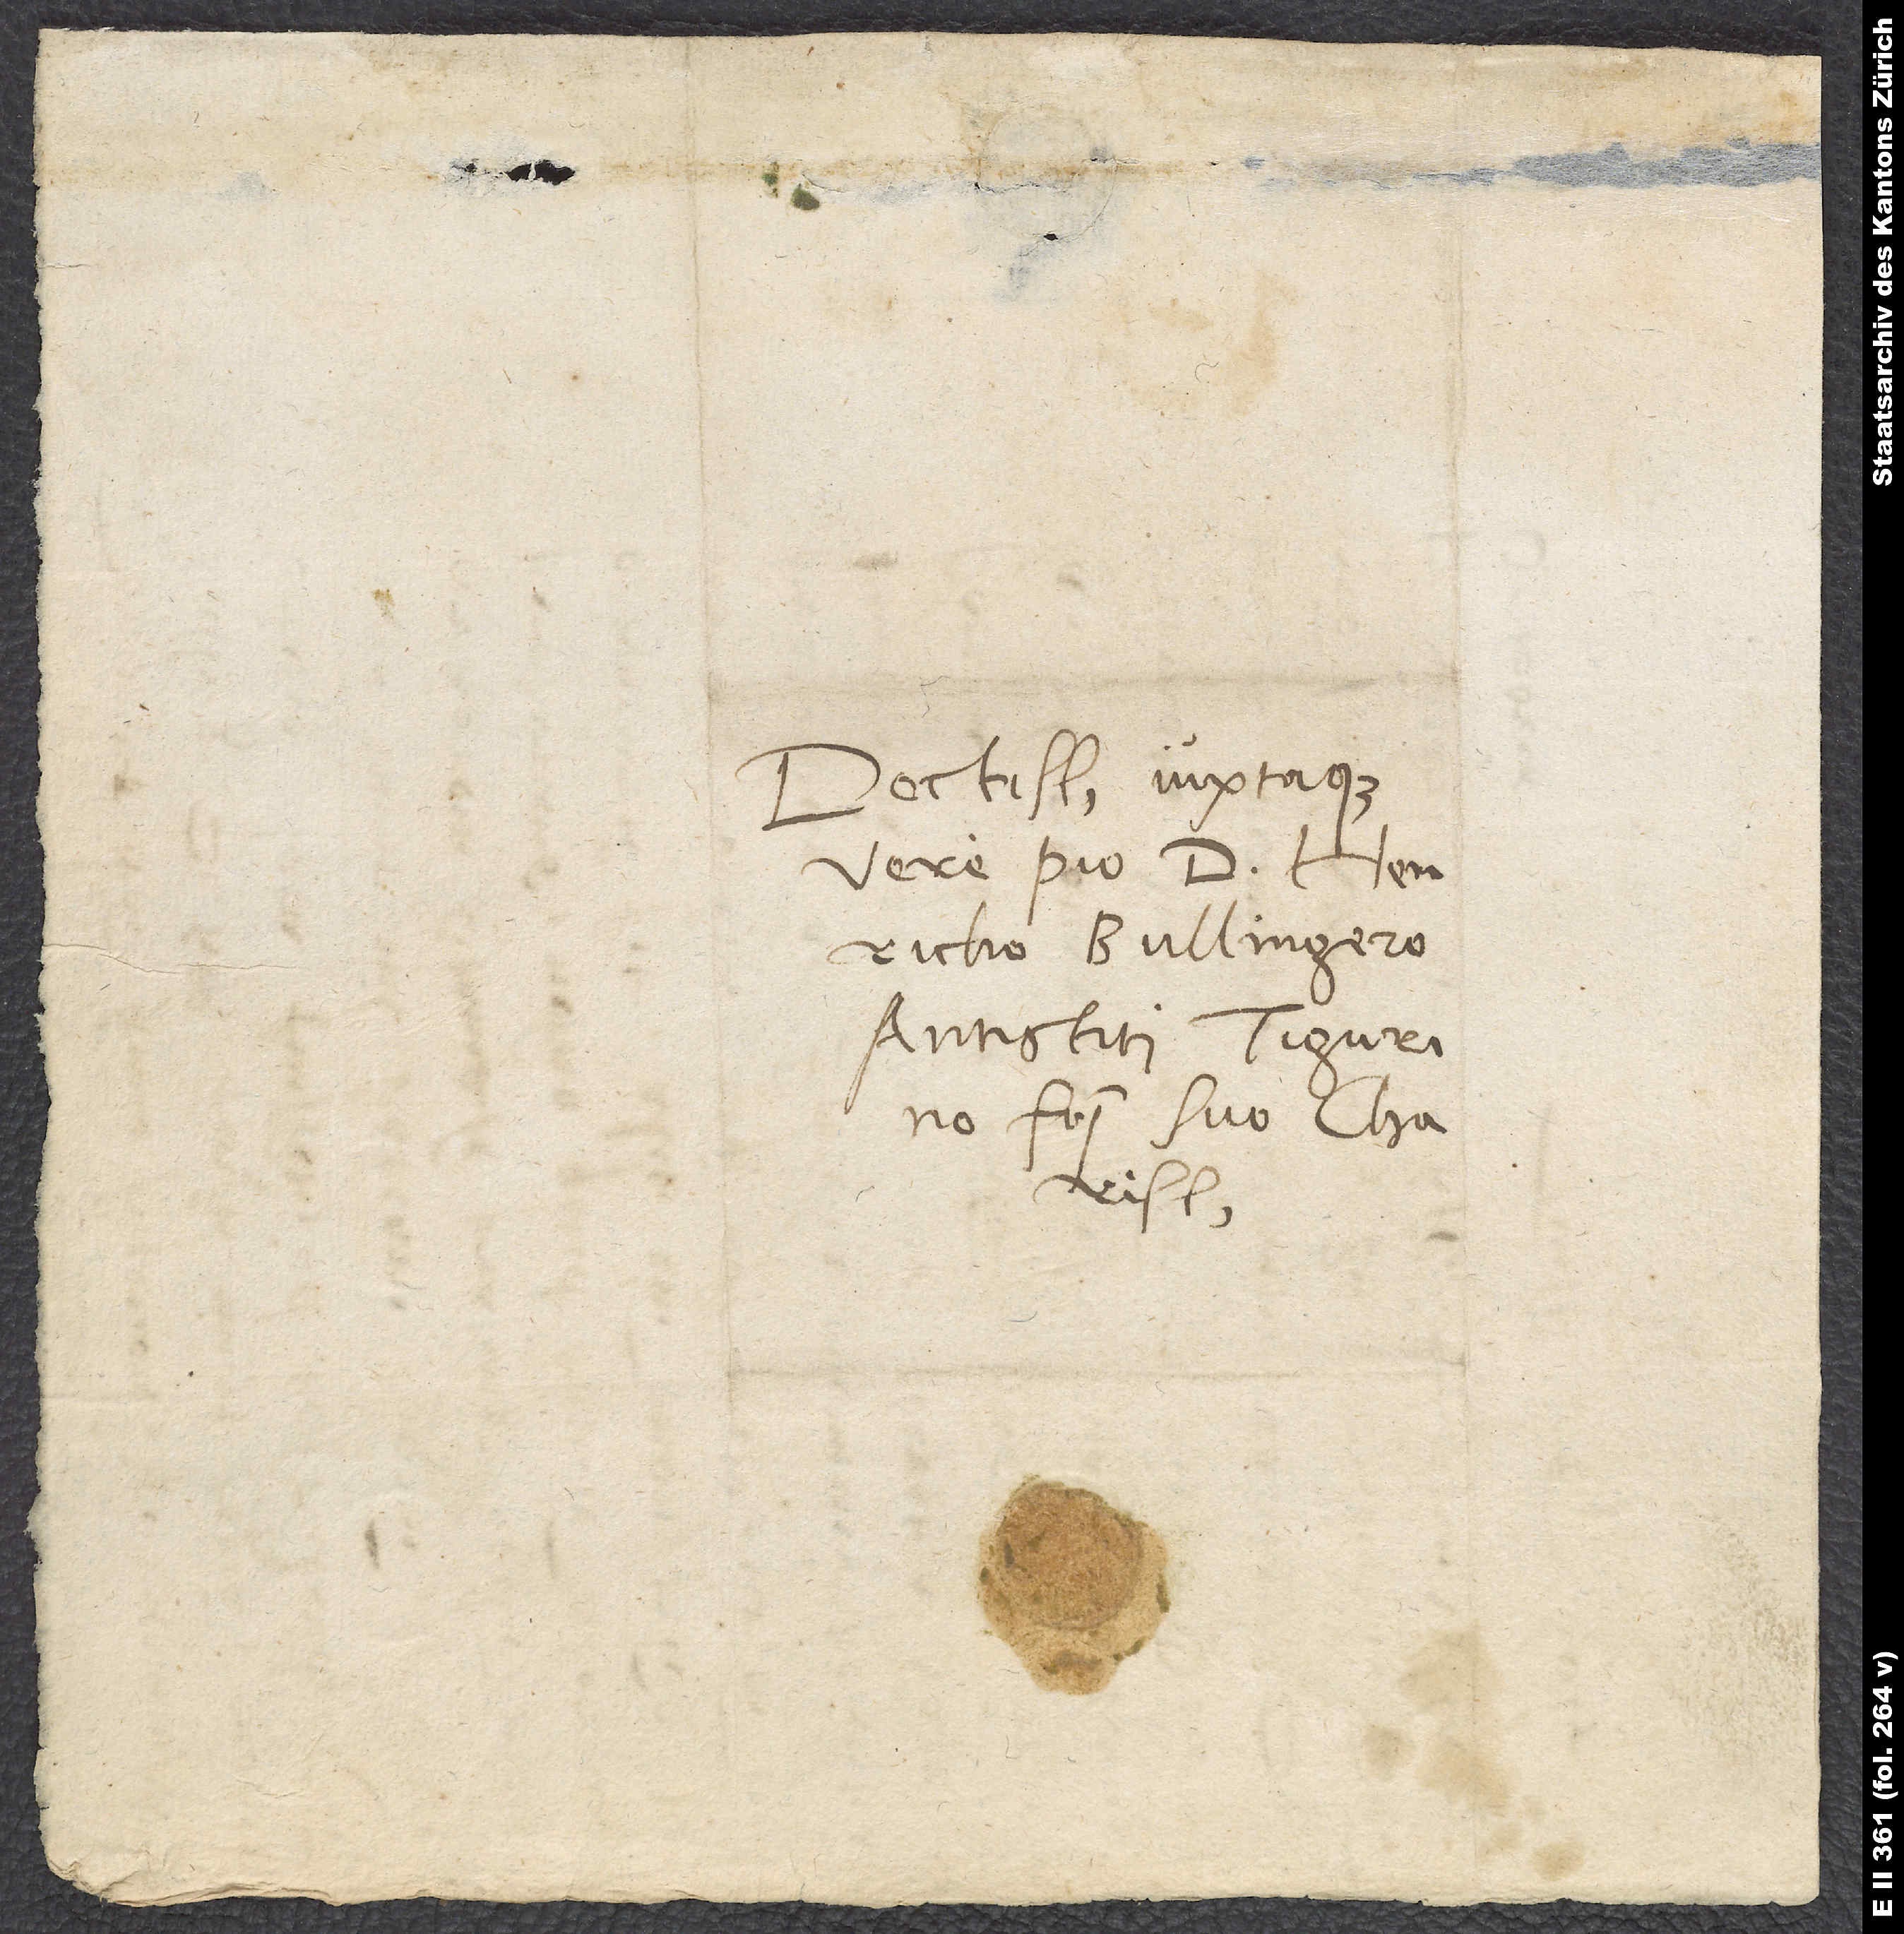
Doctissimo iuxtaque
vere pio d. Henricho
Bullingero,
antistiti Tigurino,
fratri suo charissimo.